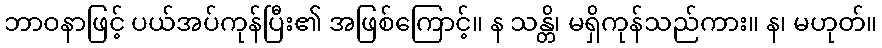
ဘာဝနာဖြင့် ပယ်အပ်ကုန်ပြီး၏ အဖြစ်ကြောင့်။ န သန္တိ၊ မရှိကုန်သည်ကား။ န၊ မဟုတ်။